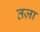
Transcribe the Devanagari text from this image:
तज़ा